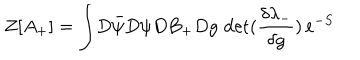
Z [ A _ { + } ] = \int \! D \bar { \psi } D \psi D B _ { + } D g \, \, \mathrm { d e t } ( \frac { \delta \lambda _ { - } } { \delta g } ) \, e ^ { - S }